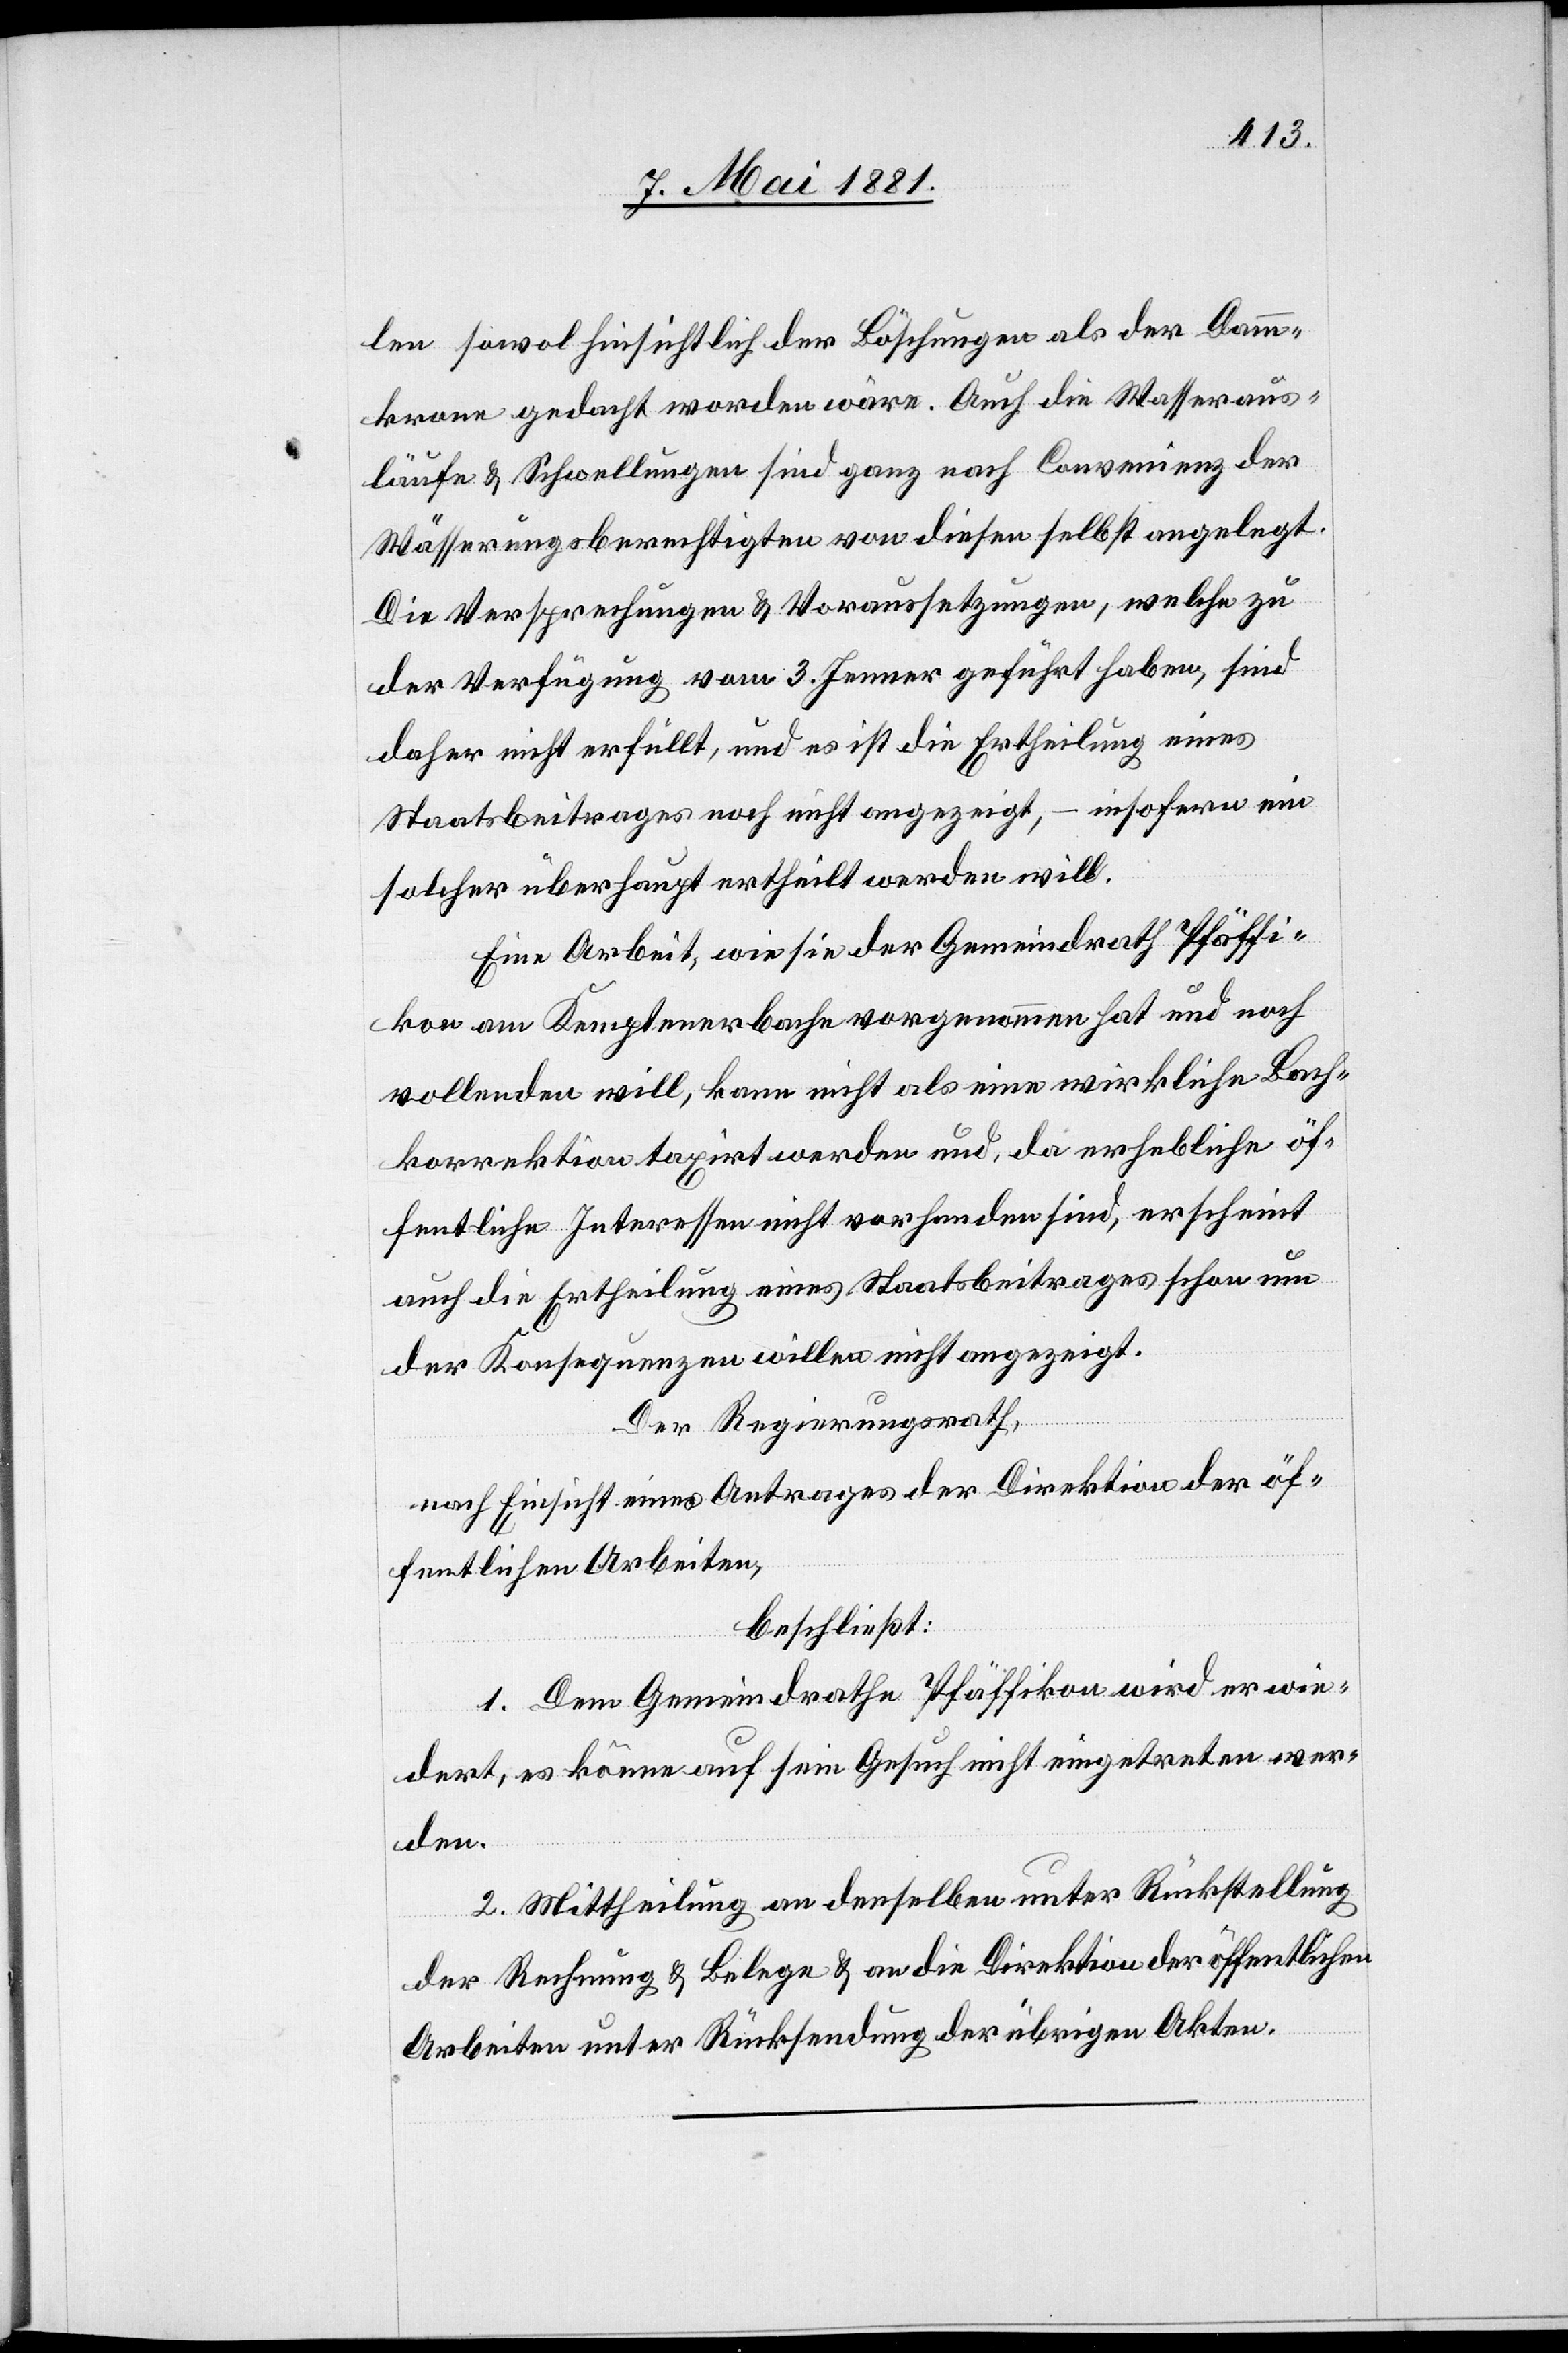
len sowol hinsichtlich der Böschungen als der Damm¬
krone gedacht worden wäre. Auch die Wasseraus¬
läufe & Schwellungen sind ganz nach Convenienz der
Wässerungsberechtigten von diesen selbst angelegt.
Die Versprechungen & Voraussetzungen, welche zu
der Verfügung vom 3. Jenner geführt haben, sind
daher nicht erfüllt, und es ist die Ertheilung eines
Staatsbeitrages noch nicht angezeigt, – insofern ein
solcher überhaupt ertheilt werden will.
Eine Arbeit, wie sie der Gemeindrath Pfäffi¬
kon am Kemptenerbache vorgenommen hat und noch
vollenden will, kann nicht als eine wirkliche Bach¬
korrektion taxirt werden und, da erhebliche öf¬
fentliche Interessen nicht vorhanden sind, erscheint
auch die Ertheilung eines Staatsbeitrages schon um
der Konsequenzen willen nicht angezeigt.
Der Regierungsrath,
nach Einsicht eines Antrages der Direktion der öf¬
fentlichen Arbeiten,
beschließt:
1. Dem Gemeindrathe Pfäffikon wird erwie¬
dert, es könne auf sein Gesuch nicht eingetreten wer¬
den.
2. Mittheilung an denselben unter Rückstellung
der Rechnung & Belege & an die Direktion der öffentlichen
Arbeiten unter Rücksendung der übrigen Akten.